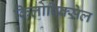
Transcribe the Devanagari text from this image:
किलोपिक्सेल